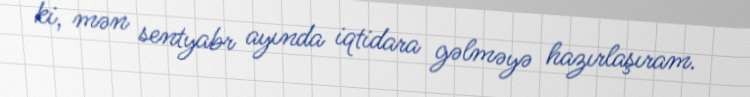
ki, mən sentyabr ayında iqtidara gəlməyə hazırlaşıram.